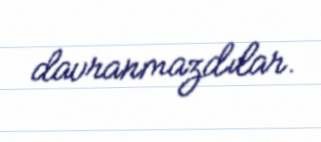
davranmazdılar.